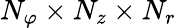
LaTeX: N_{\varphi}\times N_{z}\times N_{r}